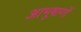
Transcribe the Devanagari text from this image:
आभूषाणों